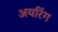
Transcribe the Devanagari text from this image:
अयरिंग